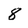
Character: 8